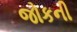
જોકની